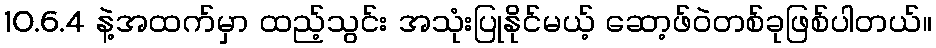
10.6.4 နဲ့အထက်မှာ ထည့်သွင်း အသုံးပြုနိုင်မယ့် ဆော့ဖ်ဝဲတစ်ခုဖြစ်ပါတယ်။